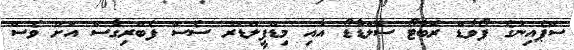
ސްޕެއިނުގެ ފޯވާޑް ރޮބާޓޯ ސޮލްޑާޑޯ އާއި މިޑްފީލްޑަރު ސެސް ފެބްރިގާސް އަށް ވެސް